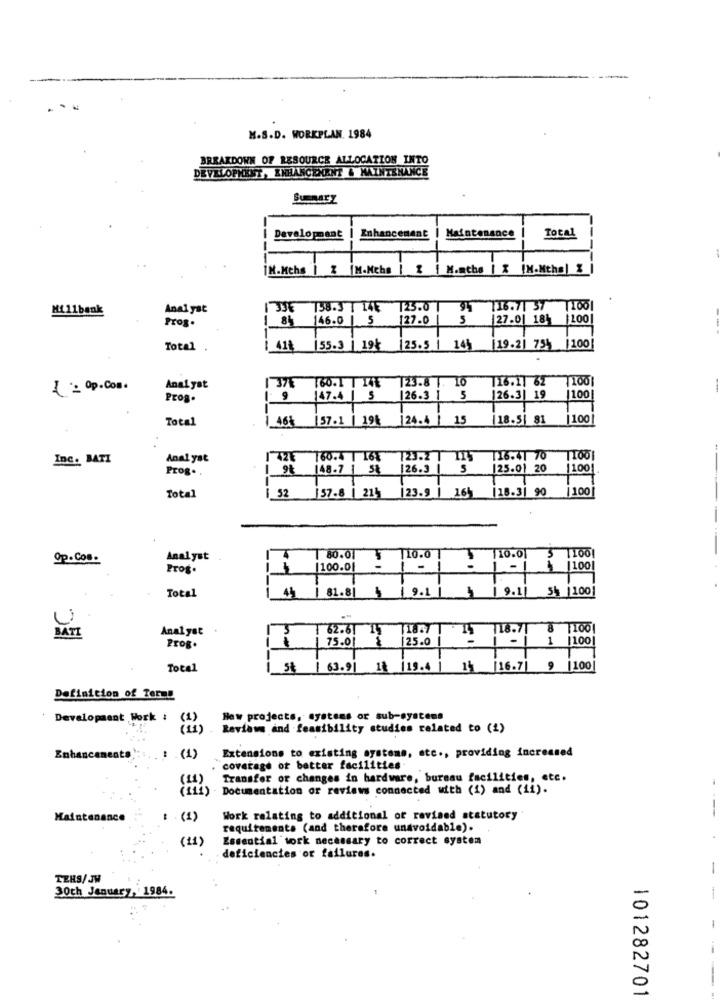
M.S.D. WORKPLAN. 1984
BREAKDOWN OF RESOURCE ALLOCATION INTO
DEVELOPMENT, ENHANCEMENT & MAINTENANCE
SUENAEZ
Developmant
Enhancenant
Maintenance
Total
-
[N.Mchs | Z |M.Mche | 2 | M.acho | X |M.Mths| %
Mi11bank
Anal yat
1 336 758.3 | 148
125.0
94
116.71 37 1001
Prog.
1 84
146.0
1.5
127.0
5
27.0| 184
1100
---
Total .
41₺ |55.3 | 194
[25.5 1 14} [19.21 755 /100]
.
1 37E
160.1 | 14E |23.8 . 10
116.11 62
1001
1 = Op. Com.
Analyst
-
Prog.
147.4
5
26.3 1
5
126.3| 19
1100
Total
57.1 | 194
124.4 |
15
|18.5| 81
100
Inc. BATI
Anal yat
14ZE
60.4 1 167
123.2
116.41 70
Prog ..
148.7 1 5₺
126.3
5
125.01 20
11001
[ 52 |57.8 | 214 |23.9 | 164
18.3] 90 100
Total
-
Op .Com.
Analyst
1 80.01
$10.0 1
110.01 5 1100|
Prog.
: -
.
1
1100
Total
4h
10.0
1 9.1| 54 |100
81.81 5 9.11 4
Analyst
3
62.61 1]
18.7 T
18.71 8 |100|
75.01 8
125.0 |
- |1 |100
Prog.
Total
| 63.9| 12 |19.4 | 13 16.7| 9 |100
Definition of Terms
Development Work :
New projects, systems or sub-systems
Reviews and feasibility studies related to (1)
Extensions to existing systems, etc ., providing increased
Enhancements
(1)
coverage of better facilities
(11)
Transfer or changes in hardware, bureau facilities, etc.
Documentation or reviews connected with (1) and (ii).
---
Maintenance
: - (1)
Work relating to additional of revised statutory
requirements (and therefore unavoidable).
(11)
Essential tork necessary to correct system
deficiencies or failures.
-
TERS/ JW
30th January, 1984.
-
101282701